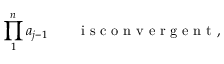
\prod _ { 1 } ^ { n } a _ { j - 1 } \qquad \mathrm { ~ i ~ s ~ c ~ o ~ n ~ v ~ e ~ r ~ g ~ e ~ n ~ t ~ , ~ }